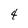
Character: 4